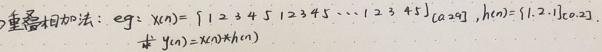
重叠相加法：eg：$x(n)=\{1\ 2\ 3\ 4\ 5\ 1\ 2\ 3\ 4\ 5\cdots1\ 2\ 3\ 4\ 5\}_{(aeg)}$, $h(n)=\{1,2\}_{(1\times 2)}$.
求 $y(n)=x(n)*h(n)$